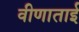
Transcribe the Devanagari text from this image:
वीणाताई